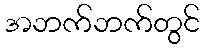
အဘက်ဘက်တွင်